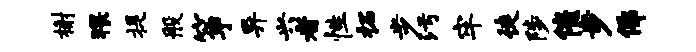
榭猥提般筝异兴者性柘步污牢徒陟催步佛